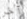
آخر